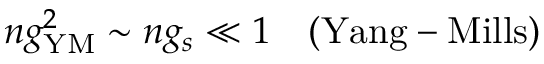
n g _ { \mathrm { Y M } } ^ { 2 } \sim n g _ { s } \ll 1 \ \ \ \mathrm { ( Y a n g - M i l l s ) }